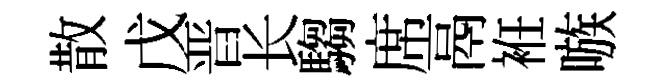
散戊晋长騶席鬲袵嗾